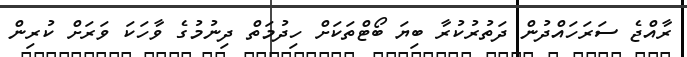
ރާއްޖެ ސަރަހައްދުން ދަތުރުކުރާ ބިޔަ ބޯޓްތަކަށް ހިދުމަތް ދިނުމުގެ ވާހަކަ ވަރަށް ކުރިން